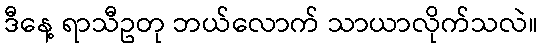
ဒီနေ့ ရာသီဥတု ဘယ်လောက် သာယာလိုက်သလဲ။